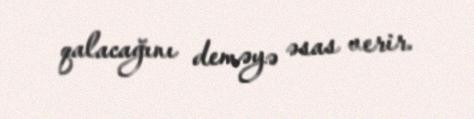
qalacağını deməyə əsas verir.